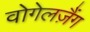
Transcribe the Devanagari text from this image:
वोगेलज़ैंग